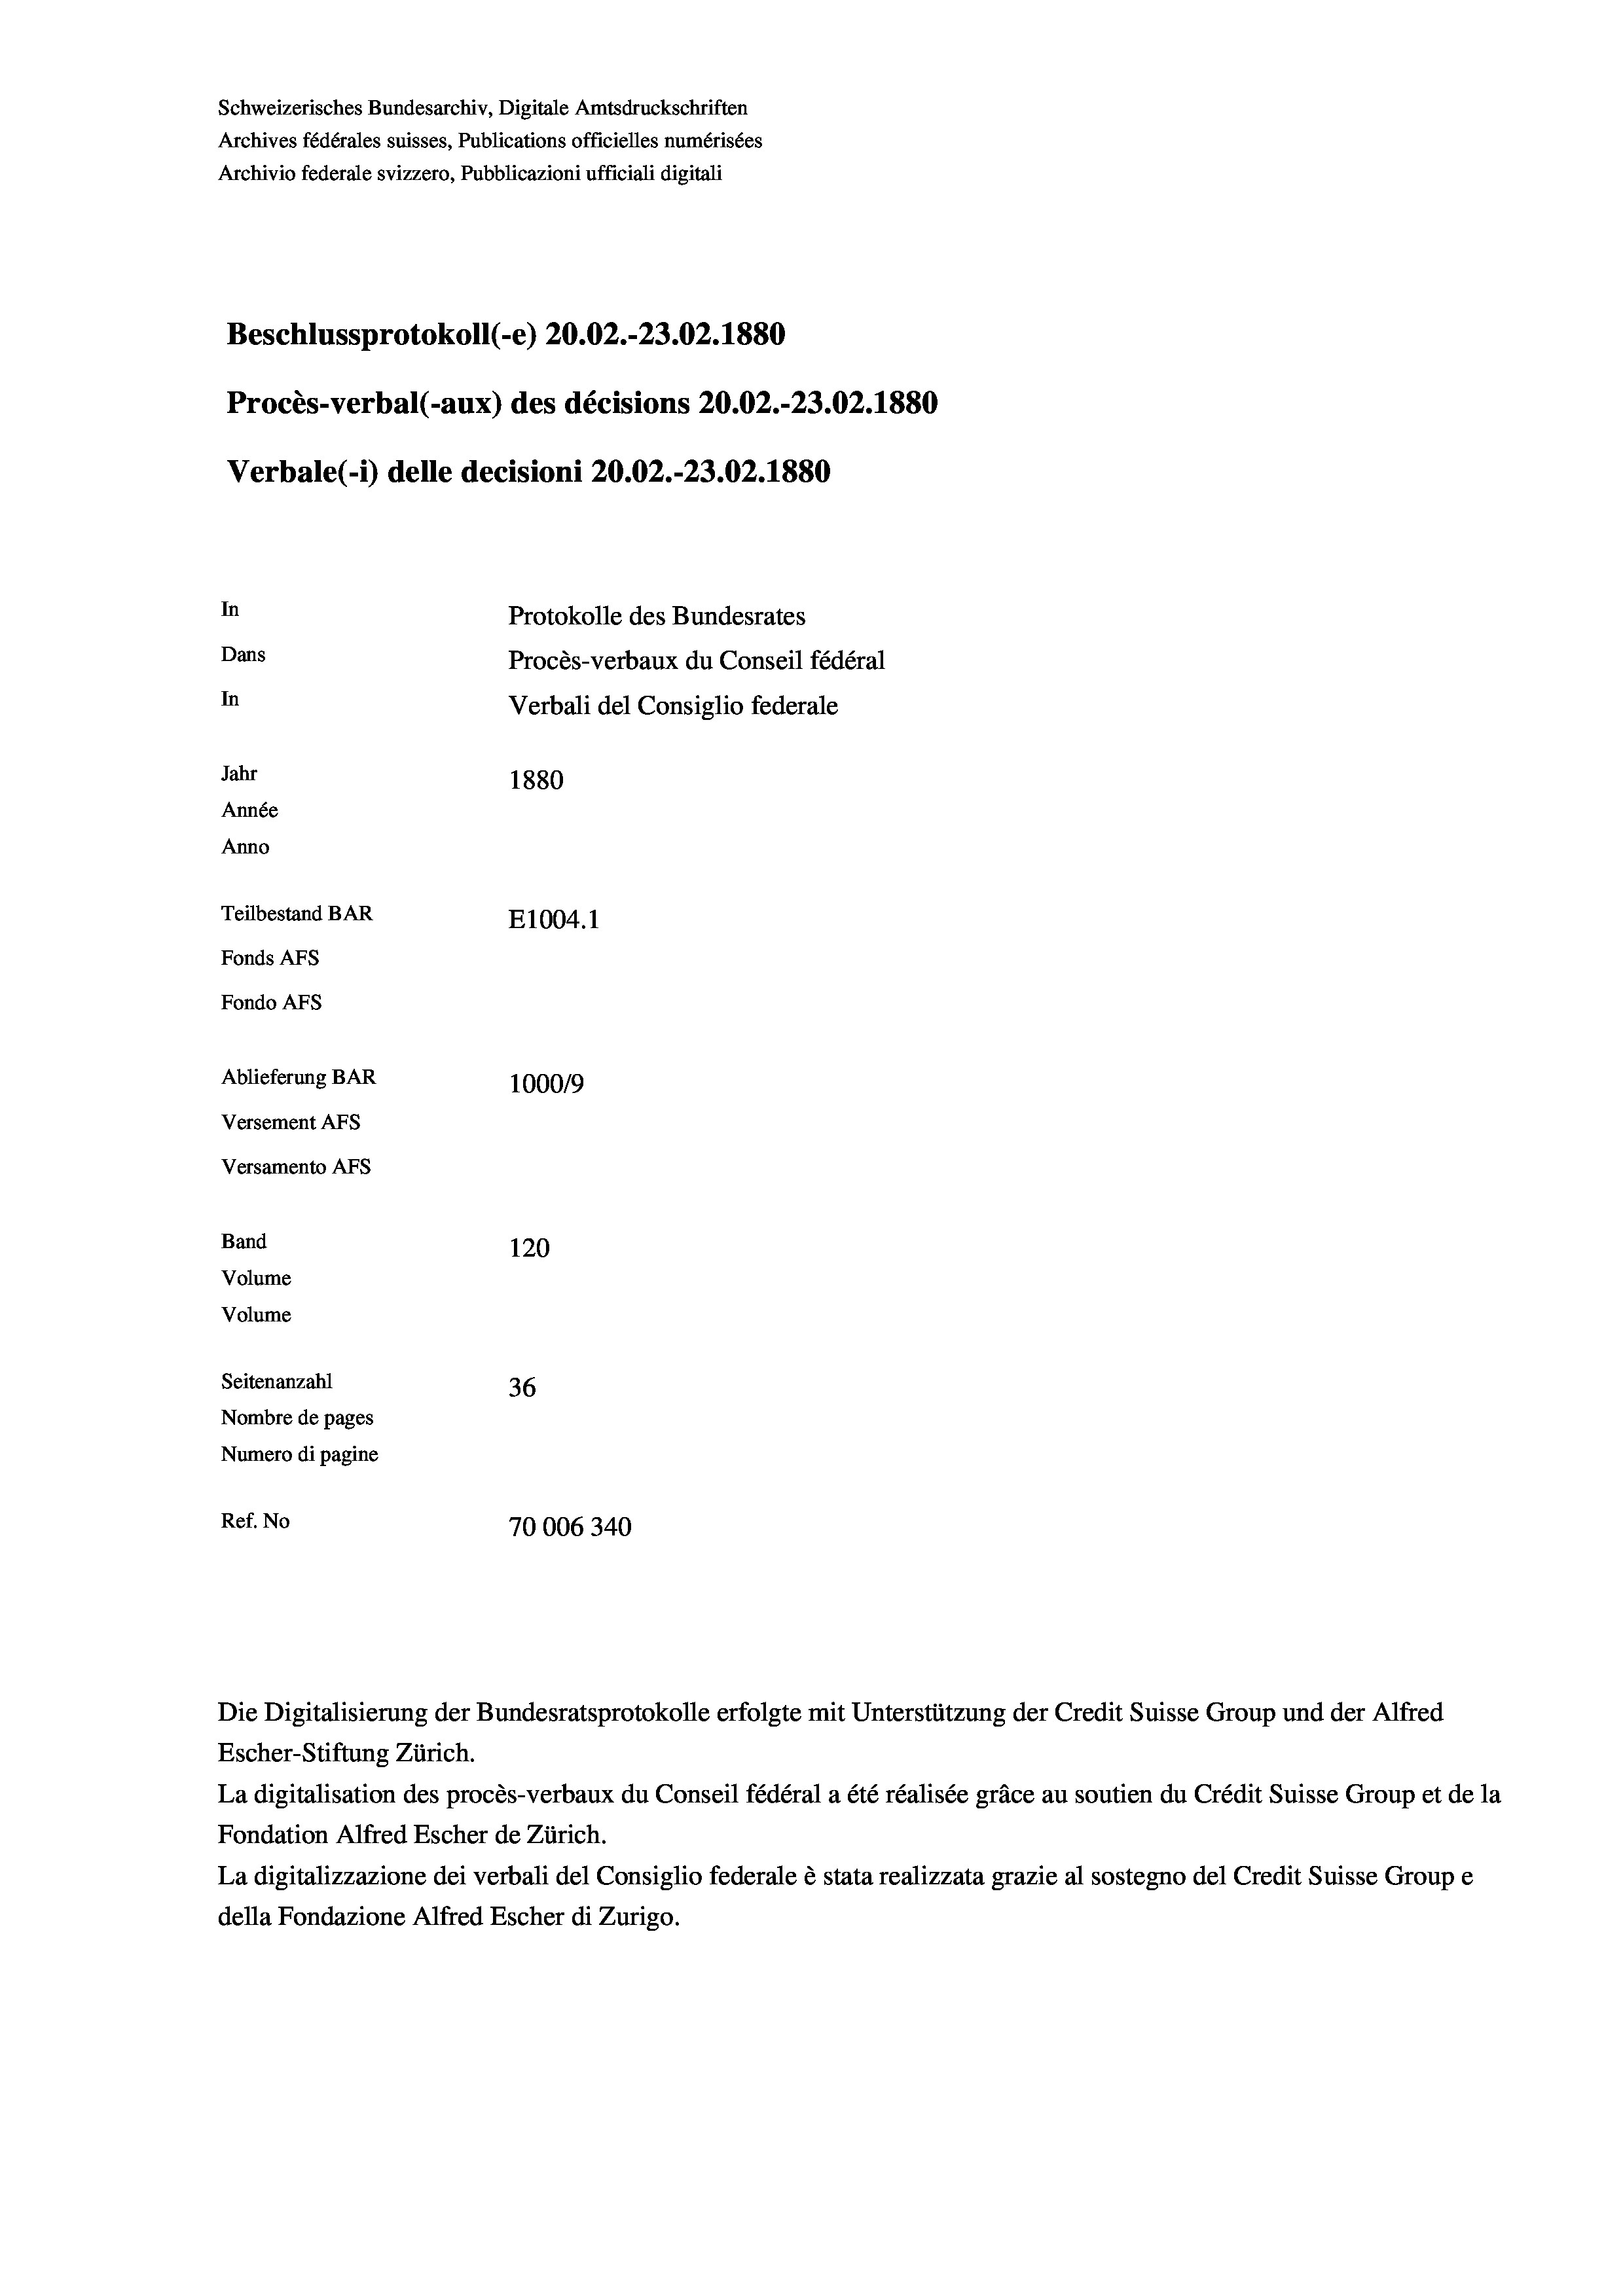
Beschlussprotokoll (-e) 20.02.-23.02. 1880
Procès-verbal (-aux) des décisions 20.02.-23.02.1880
In
Protokolle des Bundesrates
Dans
Procès-verbaux du Conseil fédéral
In
Verbali del Consiglio federale
Jahr
1880
Année
Anno
Teilbestand BAR
E1004. 1
Fonds AFs
Fondo Afs
Ablieferung BAR
100019
Versement AFs

Versamento AFS
Band

120
Seitenanzahl
36
Nombre de pages
Numero di pagine
Ref. No
70006340

Volume
Volume

Verbale (- 1) delle decisioni 20.02.-23.02. 1880

Schweizerisches Bundesarchiv, Digitale Amtsdruckschriften
Archives fédérales suisses, Publications officielles numérisées
Archivio federale svizzero, Pubblicazioni ufficiali digitali

Die Digitalisierung der Bundesratsprotokolle erfolgte mit Unterstützung der Credit Suisse Group und der Alfred
Escher-Stiftung Zürich.
La digitalisation des procès-verbaux du Conseil fédéral a été réalisée gräce au soutien du Crédit Suisse Group et de la
Fondation Alfred Escher de Zürich.
La digitalizzazione dei verbali del Consiglio federale è stata realizzata grazie al sostegno del Credit Suisse Groupe
della Fondazione Alfred Escher di Zurigo.